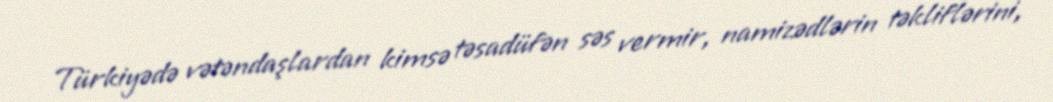
Türkiyədə vətəndaşlardan kimsə təsadüfən səs vermir, namizədlərin təkliflərini,